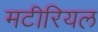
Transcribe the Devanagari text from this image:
मटीरियल